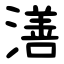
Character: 㵛